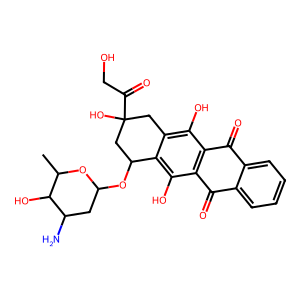
SMILES: CC1OC(OC2CC(O)(C(=O)CO)Cc3c(O)c4c(c(O)c32)C(=O)c2ccccc2C4=O)CC(N)C1O
Inhibits HIV replication: No